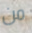
من